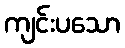
ကျင်းပသော